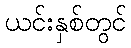
ယင်းနှစ်တွင်